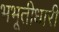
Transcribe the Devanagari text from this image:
भभूतीधारी